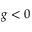
g < 0